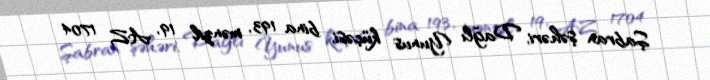
Şabran şəhəri, Dağlı Yunus küçəsi, bina 193, mənzil 19, AZ 1704